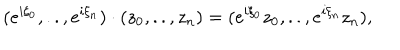
( e ^ { i \xi _ { 0 } } , . . , e ^ { i \xi _ { n } } ) \cdot ( z _ { 0 } , . . , z _ { n } ) = ( e ^ { i \xi _ { 0 } } z _ { 0 } , . . , e ^ { i \xi _ { n } } z _ { n } ) ,